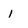
Character: l